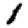
Digit: 1